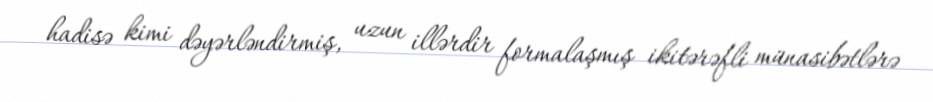
hadisə kimi dəyərləndirmiş, uzun illərdir formalaşmış ikitərəfli münasibətlərə